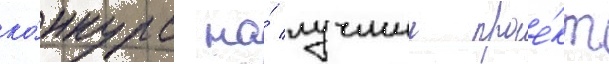
ко́нкурс на́ лучшии прое́кт